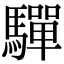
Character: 驒